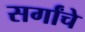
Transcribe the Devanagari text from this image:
सर्गांचे